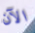
الآن